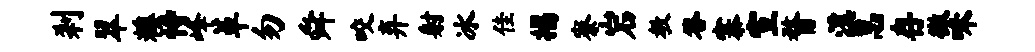
刹翠糗恃峰革勿舜咬弃射冰佳揭寮岩教答寨宣瞀溪怠存微味